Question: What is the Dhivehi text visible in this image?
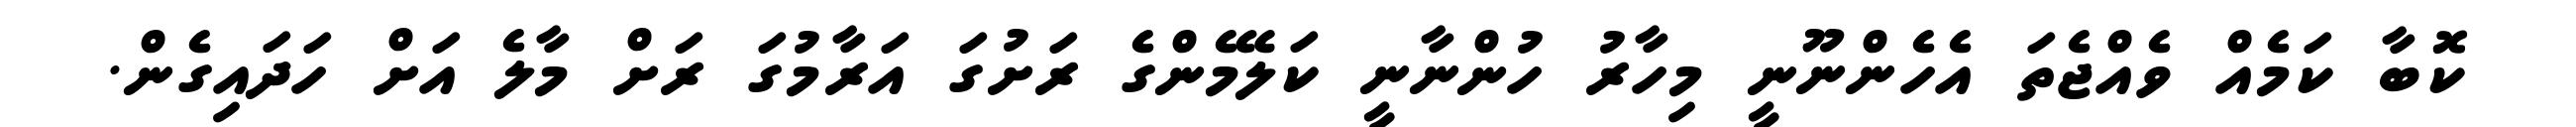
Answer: ކޮބާ ކަމެއް ވެއްޖެތަ އެހެންނޫނީ މިހާރު ހުންނާނީ ކަލޭމެންގެ ރަށުގަ އަރާމުގަ ރަށް މާލެ އަށް ހަދައިގެން.